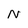
Character: N